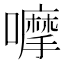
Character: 嚤